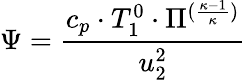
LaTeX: \Psi=\frac{c_{p}\cdot T_{1}^{0}\cdot\Pi^{(\frac{\kappa-1}{\kappa})}}{u_{2}^{2}}